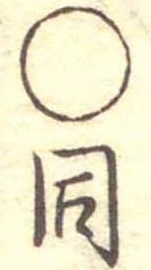
○同